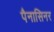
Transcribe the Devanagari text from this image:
पैनासिनर